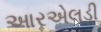
આરએલડી